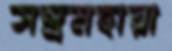
সম্ভ্রমহারা